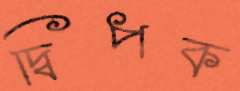
দ্বিপক